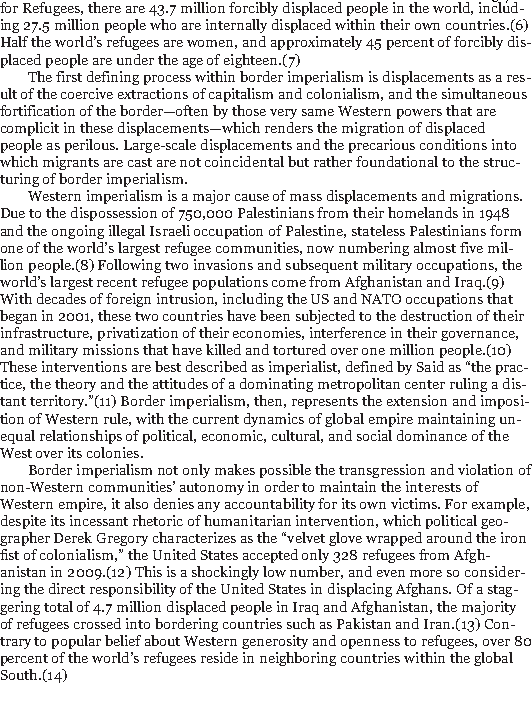
30/186
 for Refugees, there are 43.7 million forcibly displaced people in the world, includ-
 ing 27.5 million people who are internally displaced within their own countries.(6)
 Half the world’s refugees are women, and approximately 45 percent of forcibly dis-
 placed people are under the age of eighteen.(7)
 The first defining process within border imperialism is displacements as a res-
 ult of the coercive extractions of capitalism and colonialism, and the simultaneous
 fortification of the border—often by those very same Western powers that are
 complicit in these displacements—which renders the migration of displaced
 people as perilous. Large-scale displacements and the precarious conditions into
 which migrants are cast are not coincidental but rather foundational to the struc-
 turing of border imperialism.
 Western imperialism is a major cause of mass displacements and migrations.
 Due to the dispossession of 750,000 Palestinians from their homelands in 1948
 and the ongoing illegal Israeli occupation of Palestine, stateless Palestinians form
 one of the world’s largest refugee communities, now numbering almost five mil-
 lion people.(8) Following two invasions and subsequent military occupations, the
 world’s largest recent refugee populations come from Afghanistan and Iraq.(9)
 With decades of foreign intrusion, including the US and NATO occupations that
 began in 2001, these two countries have been subjected to the destruction of their
 infrastructure, privatization of their economies, interference in their governance,
 and military missions that have killed and tortured over one million people.(10)
 These interventions are best described as imperialist, defined by Said as “the prac-
 tice, the theory and the attitudes of a dominating metropolitan center ruling a dis-
 tant territory.”(11) Border imperialism, then, represents the extension and imposi-
 tion of Western rule, with the current dynamics of global empire maintaining un-
 equal relationships of political, economic, cultural, and social dominance of the
 West over its colonies.
 Border imperialism not only makes possible the transgression and violation of
 non-Western communities’ autonomy in order to maintain the interests of
 Western empire, it also denies any accountability for its own victims. For example,
 despite its incessant rhetoric of humanitarian intervention, which political geo-
 grapher Derek Gregory characterizes as the “velvet glove wrapped around the iron
 fist of colonialism,” the United States accepted only 328 refugees from Afgh-
 anistan in 2009.(12) This is a shockingly low number, and even more so consider-
 ing the direct responsibility of the United States in displacing Afghans. Of a stag-
 gering total of 4.7 million displaced people in Iraq and Afghanistan, the majority
 of refugees crossed into bordering countries such as Pakistan and Iran.(13) Con-
 trary to popular belief about Western generosity and openness to refugees, over 80
 percent of the world’s refugees reside in neighboring countries within the global
 South.(14)